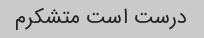
درست است متشکرم